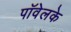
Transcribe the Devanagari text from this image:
पॉवेलके